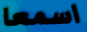
اسمعا